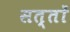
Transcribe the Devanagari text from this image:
सत्तों